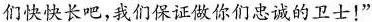
们快快长吧，我们保证做你们忠诚的卫士！”